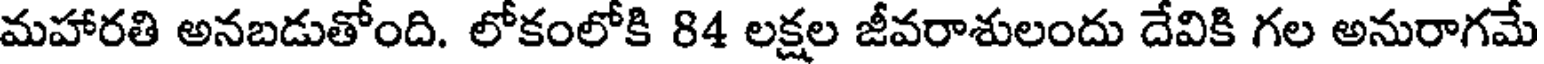
మహారతి అనబడుతోంది. లోకంలోకి 84 లక్షల జీవరాశులందు దేవికి గల అనురాగమే